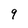
Character: 9